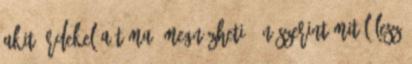
akit érdekel a téma, megnézheti. Ön szerint mitől lesz